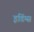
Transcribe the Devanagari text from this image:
इडिंग्स